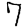
Digit: 7